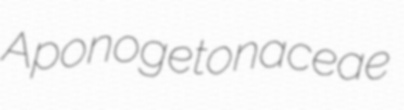
Aponogetonaceae